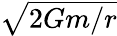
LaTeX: \textstyle{\sqrt{2Gm/r}}